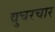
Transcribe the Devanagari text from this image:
द्युचरचार